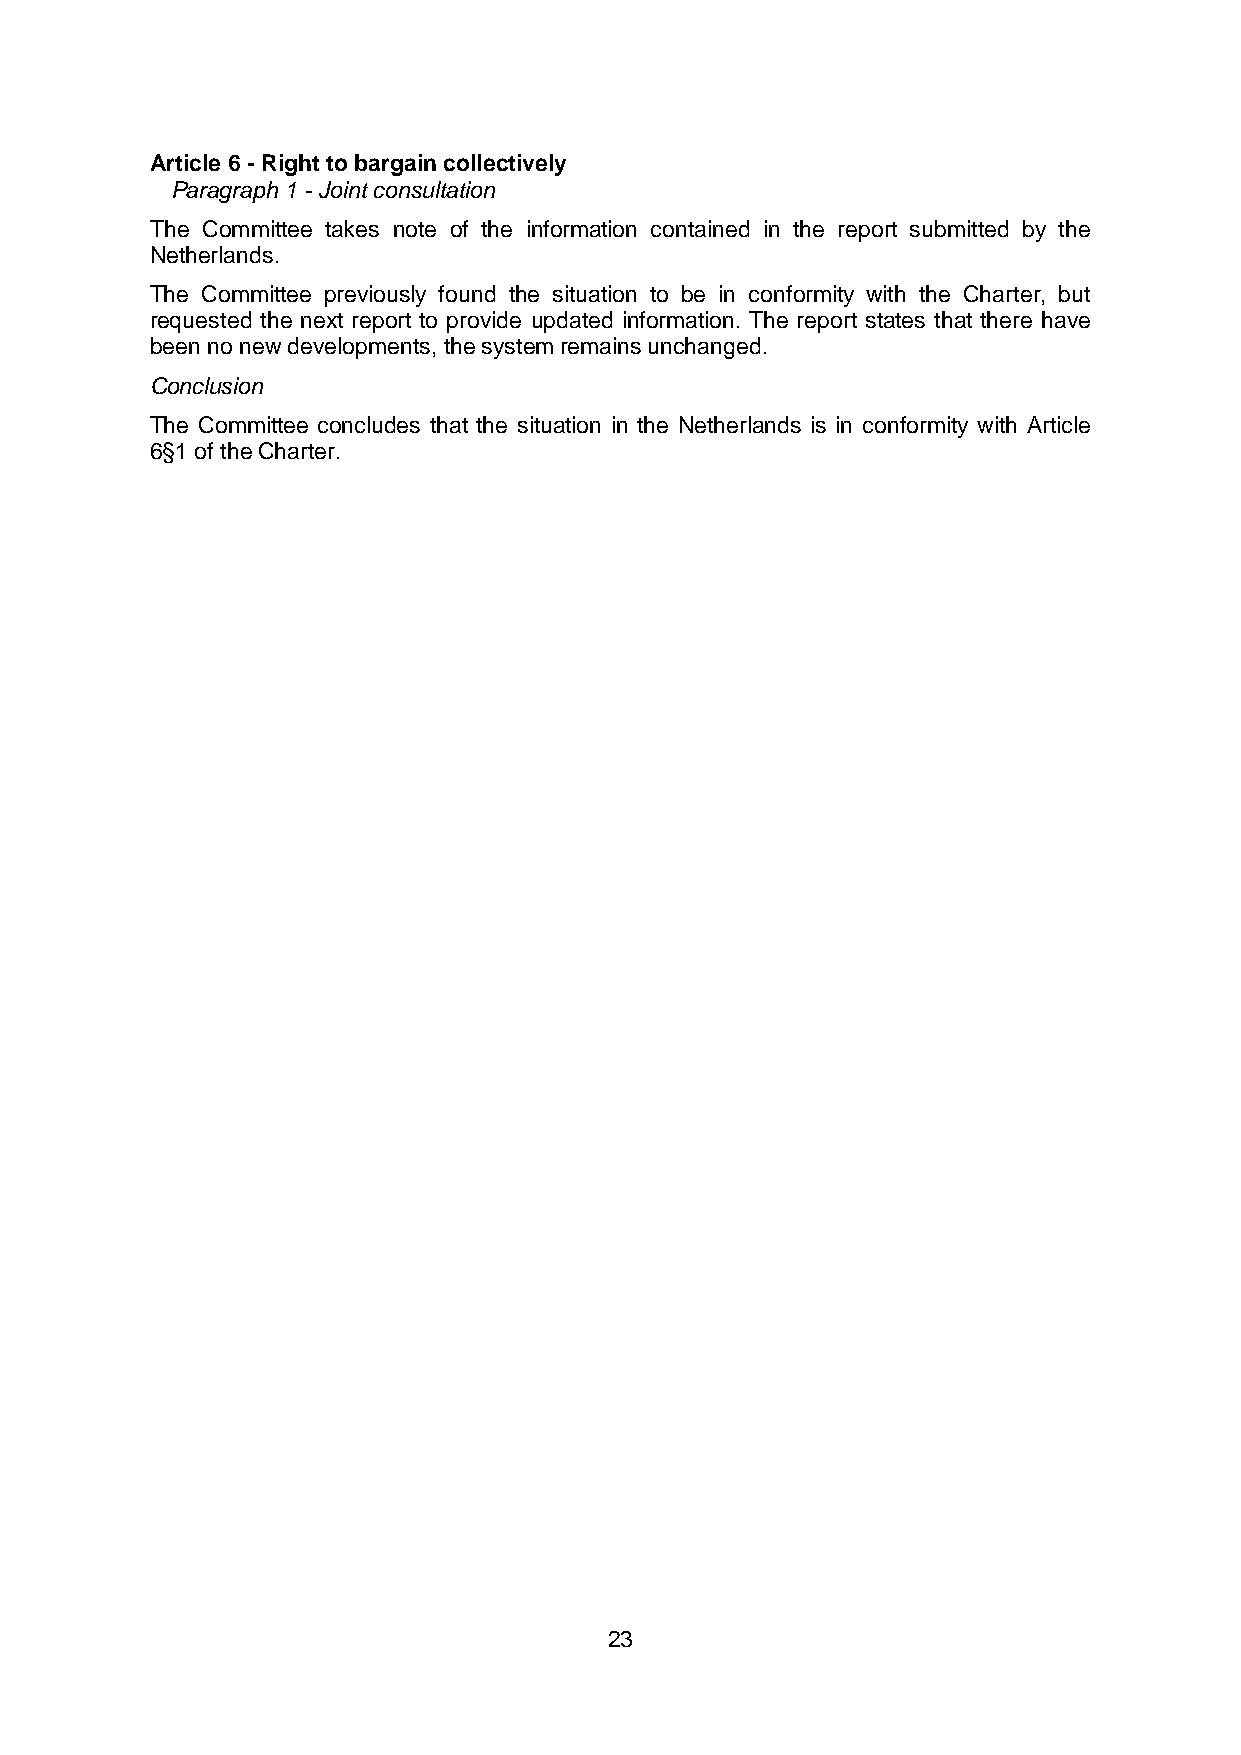
Article 6 - Right to bargain collectively
 Paragraph 1 - Joint consultation
 The Committee takes note of the information contained in the report submitted by the
 Netherlands.
 The Committee previously found the situation to be in conformity with the Charter, but
 requested the next report to provide updated information. The report states that there have
 been no new developments, the system remains unchanged.
 Conclusion
 The Committee concludes that the situation in the Netherlands is in conformity with Article
 6§1 of the Charter.
 23